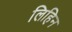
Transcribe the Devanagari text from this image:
लिहिन